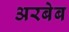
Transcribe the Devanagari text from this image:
अरबेब